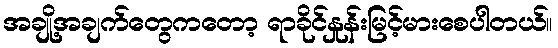
အချို့အချက်တွေကတော့ ရာခိုင်နှုန်းမြင့်မားစေပါတယ်။